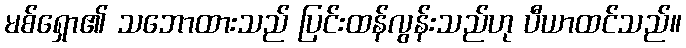
မစ်ရှော၏ သဘောထားသည် ပြင်းထန်လွန်းသည်ဟု ပီယာထင်သည်။